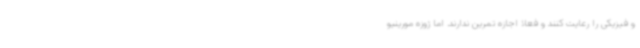
و فیزیکی را رعایت کنند و فعلا اجازه تمرین ندارند. اما ژوزه مورینیو